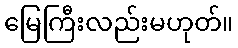
မြေကြီးလည်းမဟုတ်။